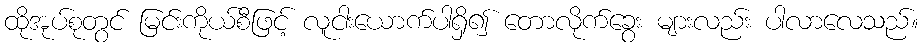
ထိုအုပ်စုတွင် မြင်းကိုယ်စီဖြင့် လူငါးယောက်ပါရှိ၍ တောလိုက်ခွေး များလည်း ပါလာလေသည်။